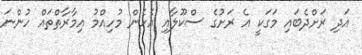
އަދި ރަށްދެބައި މަގަކީ އެ ރަށުގެ ސްކޫލާއި އެހެން މުހިއްމު އިމާރާތްތައް ހުންނަ